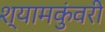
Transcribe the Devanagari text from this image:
श्यामकुंवरी